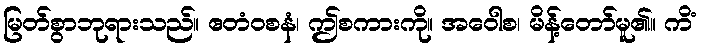
မြတ်စွာဘုရားသည်။ ဧတံဝစနံ၊ ဤစကားကို။ အဝေါစ၊ မိန့်တော်မူ၏။ ကိံ